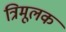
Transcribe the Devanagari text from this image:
त्रिमूलक